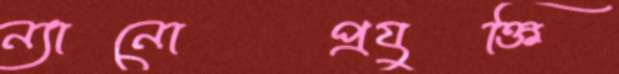
ন্যানোপ্রযুক্তি